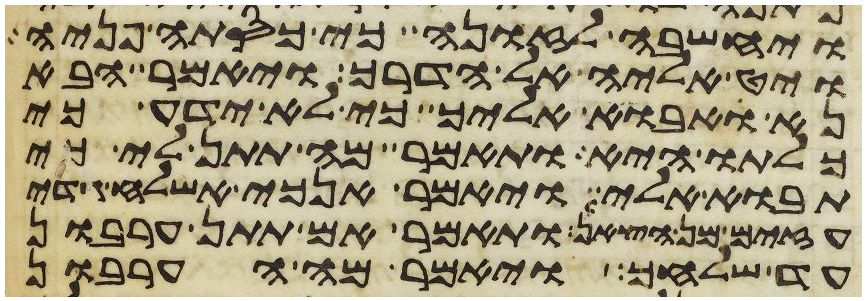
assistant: ויחשבה לזונה כי כסתה פניה
ויט אליה אל הדרך ויאמר הבא
נא אבוא אליך כי לא ידע כי
כלתו היא ותאמר מה תתן לי כי
תבוא אלי ויאמר אנכי אשלח גדי
עזים מן הצאן ותאמר אם תתן ערבון
עד שלחך ויאמר מה הערבון